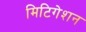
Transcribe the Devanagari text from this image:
मिटिगेशन